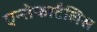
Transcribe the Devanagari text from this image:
एन्सेफाटैलिस